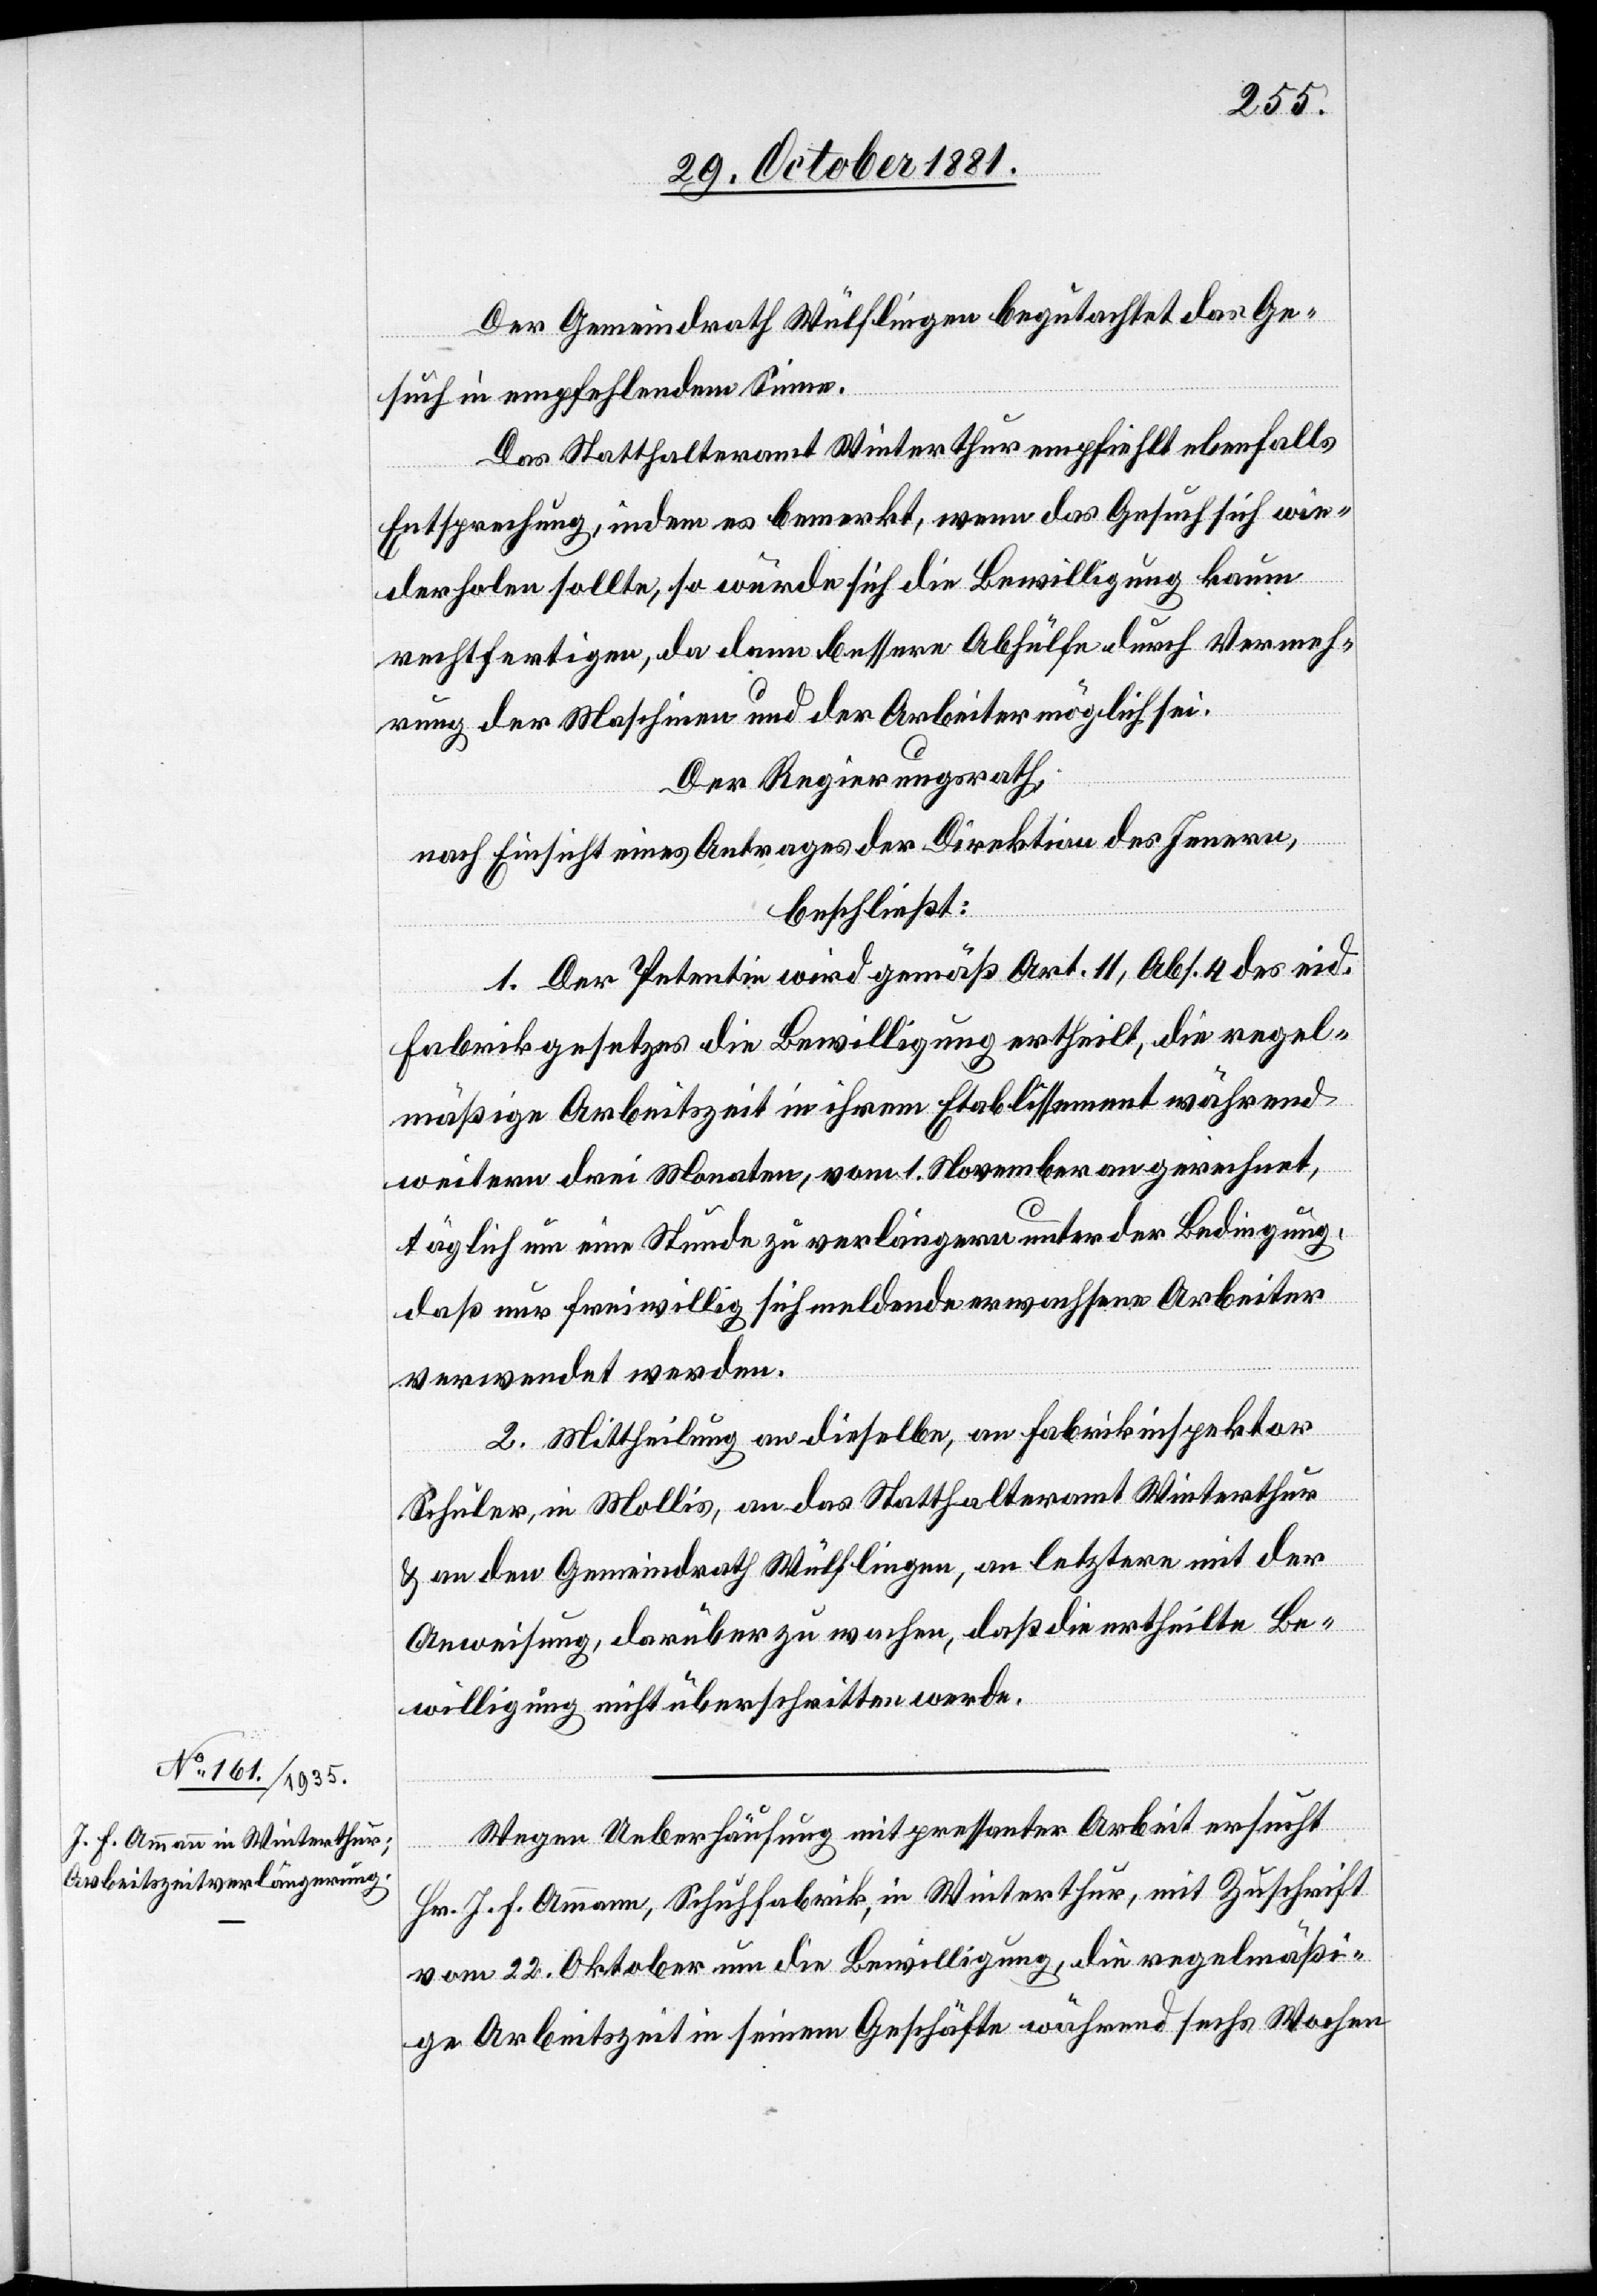
Der Gemeindrath Wülflingen begutachtet das Ge¬
such in empfehlendem Sinne.
Das Statthalteramt Winterthur empfiehlt ebenfalls
Entsprechung, indem es bemerkt, wenn das Gesuch sich wie¬
derholen sollte, so würde sich die Bewilligung kaum
rechtfertigen, da dann bessere Abhülfe durch Vermeh¬
rung der Maschinen und der Arbeiter möglich sei.
Der Regierungsrath,
nach Einsicht eines Antrages der Direktion des Innern,
beschließt:
1. Der Petentin wird gemäß Art. 11, Abs. 4 des eid.
Fabrikgesetzes die Bewilligung ertheilt, die regel¬
mäßige Arbeitszeit in ihrem Etablissement während
weitern drei Monaten, vom 1. November an gerechnet,
täglich um eine Stunde zu verlängern unter der Bedingung,
daß nur freiwillig sich meldende erwachsene Arbeiter
verwendet werden.
2. Mittheilung an dieselbe, an Fabrikinspektor
Schuler, in Mollis, an das Statthalteramt Winterthur
und an den Gemeindrath Wülflingen, an letztern mit der
Anweisung, darüber zu wachen, daß die ertheilte Be¬
willigung nicht überschritten werde.
Wegen Ueberhäufung mit pressanter Arbeit ersucht
Hr. J. F. Ammann, Schuhfabrik, in Winterthur, mit Zuschrift
vom 22. Oktober um die Bewilligung, die regelmäßi¬
ge Arbeitszeit in seinem Geschäfte während sechs Wochen